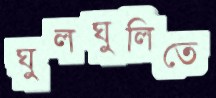
ঘুলঘুলিতে